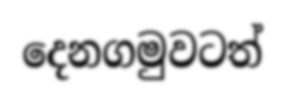
දෙනගමුවටත්